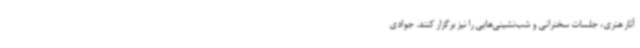
آثار هنری، جلسات سخنرانی و شب‌نشینی‌هایی را نیز برگزار کنند. جوادی